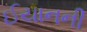
ઈયાનની